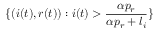
\{ ( i ( t ) , r ( t ) ) : i ( t ) > \frac { \alpha p _ { r } } { \alpha p _ { r } + l _ { i } } \}